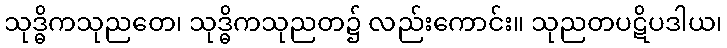
သုဒ္ဓိကသုညတေ၊ သုဒ္ဓိကသုညတ၌ လည်းကောင်း။ သုညတပဋိပဒါယ၊